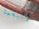
النغمة